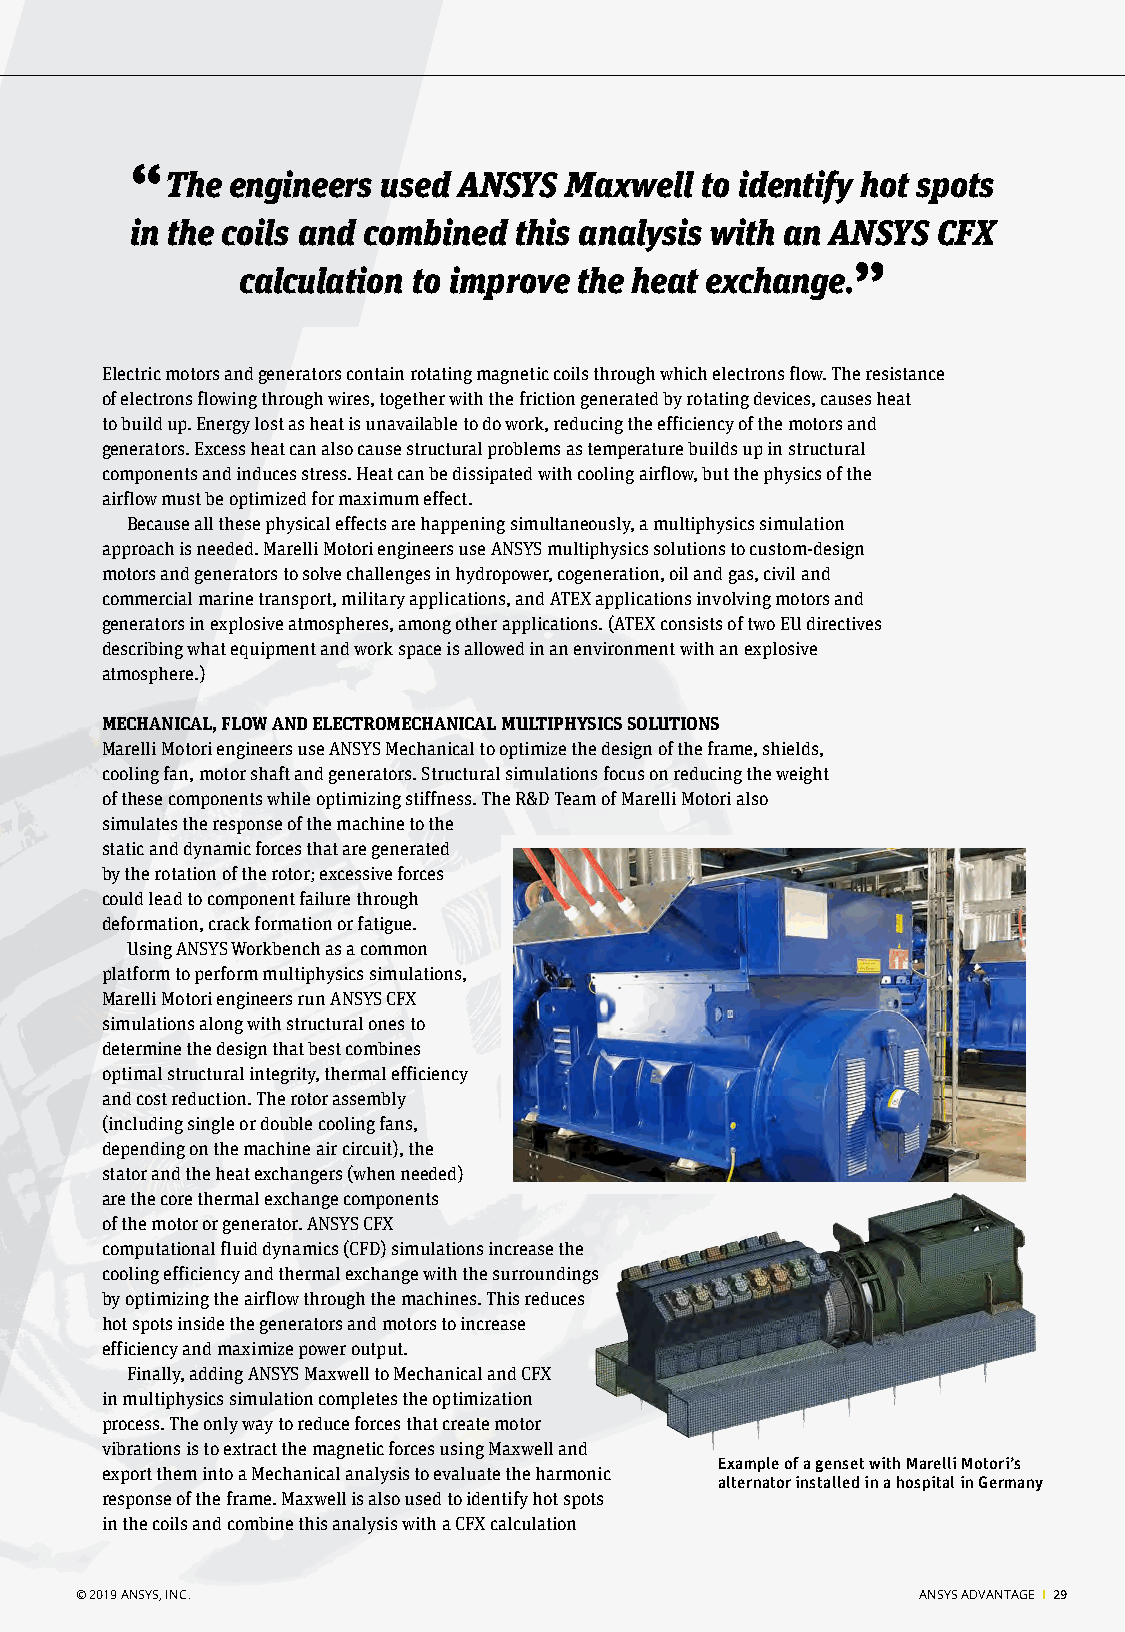
“
 The engineers used ANSYS  Maxwell  to identify hot spots
 in the coils and combined this analysis with an ANSYS CFX
 calculation to improve the heat exchange.”
 Generators
 Electric motors and generators contain rotating magnetic coils through which electrons flow. The resistance
 of electrons flowing through wires, together with the friction generated by rotating devices, causes heat
 to build up. Energy lost as heat is unavailable to do work, reducing the efficiency of the motors and
 generators. Excess heat can also cause structural problems as temperature builds up in structural
 components and induces stress. Heat can be dissipated with cooling airflow, but the physics of the
 airflow must be optimized for maximum effect.
 Because all these physical effects are happening simultaneously, a multiphysics simulation
 approach is needed. Marelli Motori engineers use ANSYS multiphysics solutions to custom-design
 motors and generators to solve challenges in hydropower, cogeneration, oil and gas, civil and
 commercial marine transport, military applications, and ATEX applications involving motors and
 generators in explosive atmospheres, among other applications. (ATEX consists of two EU directives
 describing what equipment and work space is allowed in an environment with an explosive
 atmosphere.)
 MECHANICAL, FLOW AND ELECTROMECHANICAL MULTIPHYSICS SOLUTIONS
 Marelli Motori engineers use ANSYS Mechanical to optimize the design of the frame, shields,
 cooling fan, motor shaft and generators. Structural simulations focus on reducing the weight
 of these components while optimizing stiffness. The R&D Team of Marelli Motori also
 simulates the response of the machine to the
 static and dynamic forces that are generated
 by the rotation of the rotor; excessive forces
 could lead to component failure through
 deformation, crack formation or fatigue.
 Using ANSYS Workbench as a common
 platform to perform multiphysics simulations,
 Marelli Motori engineers run ANSYS CFX
 simulations along with structural ones to
 determine the design that best combines
 optimal structural integrity, thermal efficiency
 and cost reduction. The rotor assembly
 (including single or double cooling fans,
 Multiphysics simulation
 depending on the machine air circuit), the
 of a genset (combination
 of diesel and electric stator and the heat exchangers (when needed)
 generator) using are the core thermal exchange components
 ANSYS Mechanical
 of the motor or generator. ANSYS CFX
 and CFX
 computational fluid dynamics (CFD) simulations increase the
 cooling efficiency and thermal exchange with the surroundings
 by optimizing the airflow through the machines. This reduces
 hot spots inside the generators and motors to increase
 efficiency and maximize power output.
 Finally, adding ANSYS Maxwell to Mechanical and CFX
 in multiphysics simulation completes the optimization
 process. The only way to reduce forces that create motor
 vibrations is to extract the magnetic forces using Maxwell and
 Example of a genset with Marelli Motori’s
 export them into a Mechanical analysis to evaluate the harmonic
 alternator installed in a hospital in Germany
 response of the frame. Maxwell is also used to identify hot spots
 in the coils and combine this analysis with a CFX calculation
 © 2019 ANSYS, INC.                                      ANSYS ADVANTAGE I 29